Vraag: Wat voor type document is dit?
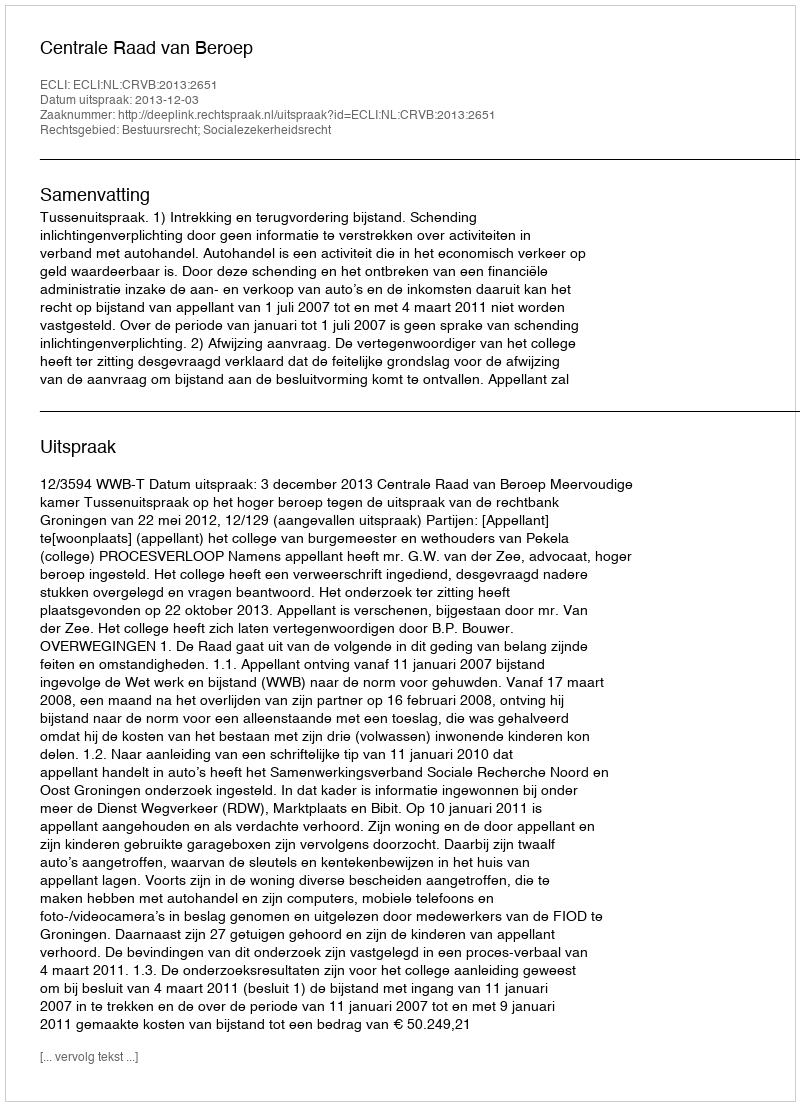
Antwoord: Uitspraak